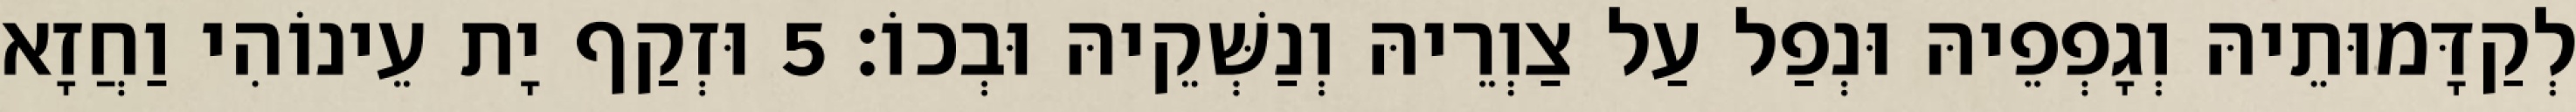
לְקַדָּמוּתֵיהּ וְגָפְפֵיהּ וּנְפַל עַל צַוְרֵיהּ וְנַשְּׁקֵיהּ וּבְכוֹ׃ 5 וּזְקַף יָת עֵינוֹהִי וַחֲזָא